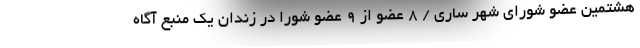
هشتمین عضو شورای شهر ساری / 8 عضو از 9 عضو شورا در زندان یک منبع آگاه